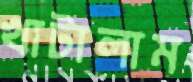
খাটালাম